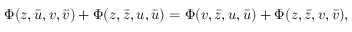
\Phi ( z , \bar { u } , v , \bar { v } ) + \Phi ( z , \bar { z } , u , \bar { u } ) = \Phi ( v , \bar { z } , u , \bar { u } ) + \Phi ( z , \bar { z } , v , \bar { v } ) ,